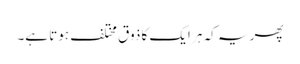
پھر یہ کہ ہر ایک کا ذوق مختلف ہوتا ہے۔